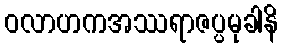
ဝလာဟကအဿရာဇပ္ပမုခါနိ